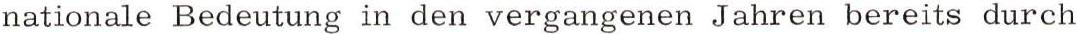
nationale Bedeutung in den vergangenen Jahren bereits durch